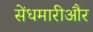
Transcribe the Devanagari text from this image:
सेंधमारीऔर